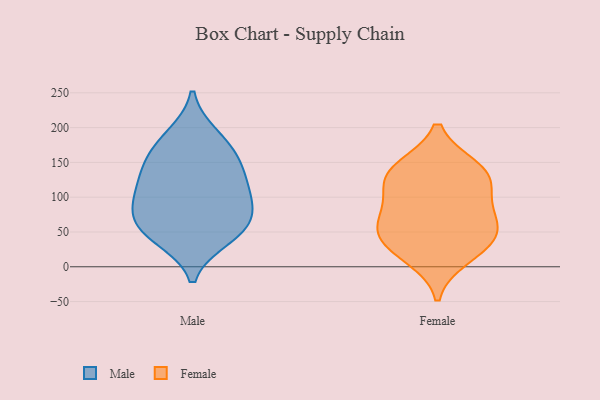
{"axis": {"x": "Website Visitors", "y": "Value"}, "legend": ["Female", "Male"], "data": [{"x": "", "y": 175, "type": "Male"}, {"x": "", "y": 126, "type": "Male"}, {"x": "", "y": 93, "type": "Male"}, {"x": "", "y": 105, "type": "Male"}, {"x": "", "y": 146, "type": "Male"}, {"x": "", "y": 59, "type": "Male"}, {"x": "", "y": 147, "type": "Male"}, {"x": "", "y": 188, "type": "Male"}, {"x": "", "y": 49, "type": "Male"}, {"x": "", "y": 42, "type": "Male"}, {"x": "", "y": 92, "type": "Male"}, {"x": "", "y": 63, "type": "Male"}, {"x": "", "y": 40, "type": "Female"}, {"x": "", "y": 119, "type": "Female"}, {"x": "", "y": 141, "type": "Female"}, {"x": "", "y": 122, "type": "Female"}, {"x": "", "y": 53, "type": "Female"}, {"x": "", "y": 35, "type": "Female"}, {"x": "", "y": 76, "type": "Female"}, {"x": "", "y": 142, "type": "Female"}, {"x": "", "y": 14, "type": "Female"}, {"x": "", "y": 75, "type": "Female"}]}